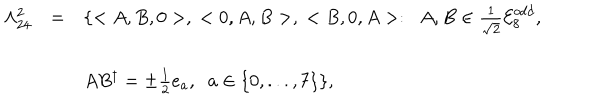
\begin{array} { l l l } { { \Lambda _ { 2 4 } ^ { 2 } } } & { { = } } & { { \{ < A , B , 0 > , \; < 0 , A , B > , \; < B , 0 , A > : \; \; A , B \in \frac { 1 } { \sqrt { 2 } } { \cal E } _ { 8 } ^ { o d d } , } } \\ { { } } & { { } } & { { A B ^ { \dagger } = \pm \frac { 1 } { 2 } e _ { a } , \; \; a \in \{ 0 , . . . , 7 \} \} , } } \\ \end{array}